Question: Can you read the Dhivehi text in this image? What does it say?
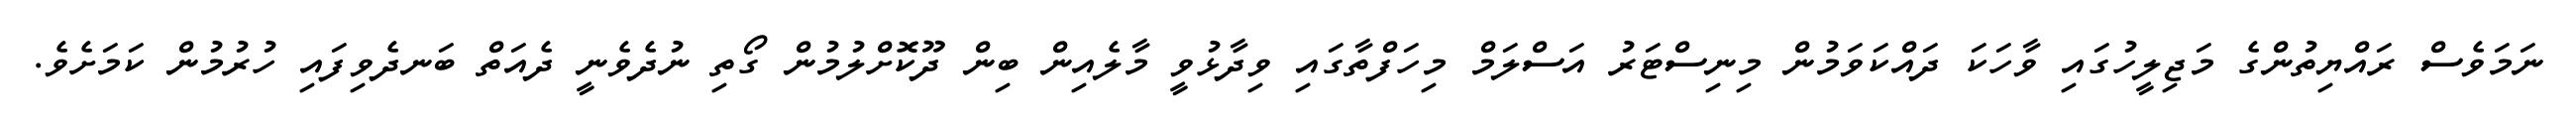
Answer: ނަމަވެސް ރައްޔިތުންގެ މަޖިލީހުގައި ވާހަކަ ދައްކަވަމުން މިނިސްޓަރު އަސްލަމް މިހަފްތާގައި ވިދާޅުވީ މާލެއިން ބިން ދޫކޮށްލުމުން ގޯތި ނުދެވެނީ ދެއަތް ބަނދެވިފައި ހުރުމުން ކަމަށެވެ.